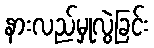
နားလည်မှုလွဲခြင်း